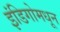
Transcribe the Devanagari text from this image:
इंडिगोमधून